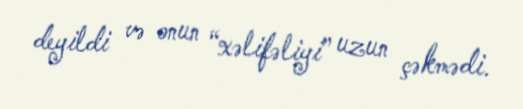
deyildi və onun “xəlifəliyi” uzun çəkmədi.